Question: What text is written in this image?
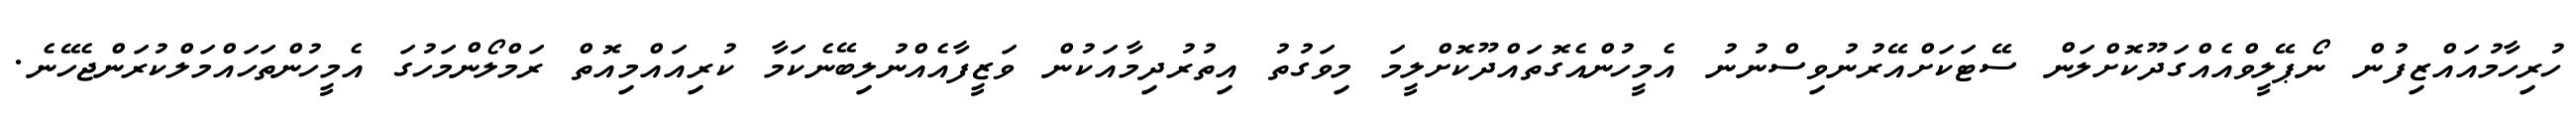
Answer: ހުރިހާމުއައްޒިފުން ނޯޕޭލީވްއެއްގަދޫކޮށްލަން ސޭޓަކަށްއޭރުނުވިސްނުނު އެމީހުންއެގޮތައްދޫކޮށްލީމަ މިވަގުތު އިތުރުދިމާއަކުން ވަޒީފާއެއްނުލިބޭނެކަމާ ކުރިއައްމިއޮތް ރަމްލޯންމަހުގަ އެމީހުންތަހައްމަލްކުރަންޖެހޭނެ.